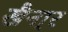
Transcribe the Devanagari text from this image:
खैना्र